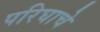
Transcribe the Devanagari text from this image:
परिघाचे